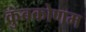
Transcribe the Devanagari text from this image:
कुंबकोणम